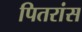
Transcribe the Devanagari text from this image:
पितरांस